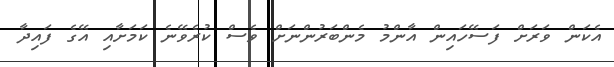
އެކަން ވަރަށް ފަސޭހައިން އާންމު މެންބަރުންނަށް ވެސް ކުރެވޭނެ ކަމަށާއި އޭގެ ފައިދާ